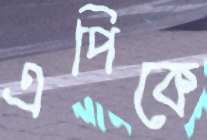
এপিকে